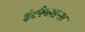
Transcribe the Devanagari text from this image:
इंटरैक्शन्स